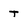
Character: T